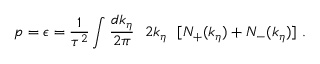
p = \epsilon = { \frac { 1 } { \tau ^ { 2 } } } \int { \frac { d k _ { \eta } } { 2 \pi } } ~ ~ 2 k _ { \eta } ~ ~ [ N _ { + } ( k _ { \eta } ) + N _ { - } ( k _ { \eta } ) ] ~ .